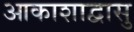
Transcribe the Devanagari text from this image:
आकाशाद्वासु